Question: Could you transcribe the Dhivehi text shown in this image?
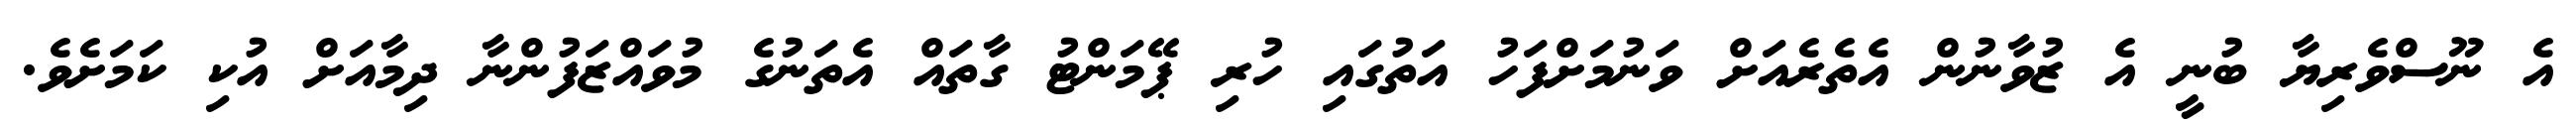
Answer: އެ ނޫސްވެރިޔާ ބުނީ އެ ޒުވާނުން އެތެރެއަށް ވަނުމަށްފަހު އަތުގައި ހުރި ޕޭމަންޓު ގާތައް އެތަނުގެ މުވައްޒަފުންނާ ދިމާއަށް އުކި ކަމަށެވެ.